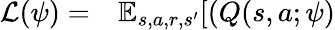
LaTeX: \begin{array}{rl}{\mathcal{L}(\psi)=}&{{}\mathbb{E}_{s,a,r,s^{\prime}}[(Q(s,a;\psi)}\end{array}